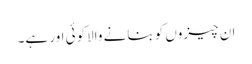
ان چیزوں کو بنانے والاکوئی اور ہے۔